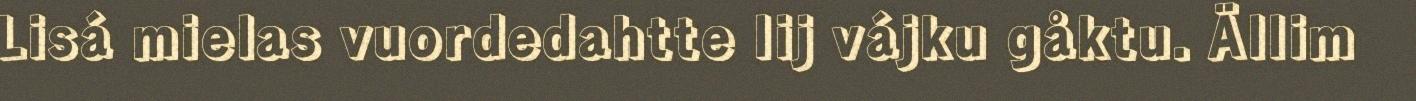
Lisá mielas vuordedahtte lij vájku gåktu. Ällim